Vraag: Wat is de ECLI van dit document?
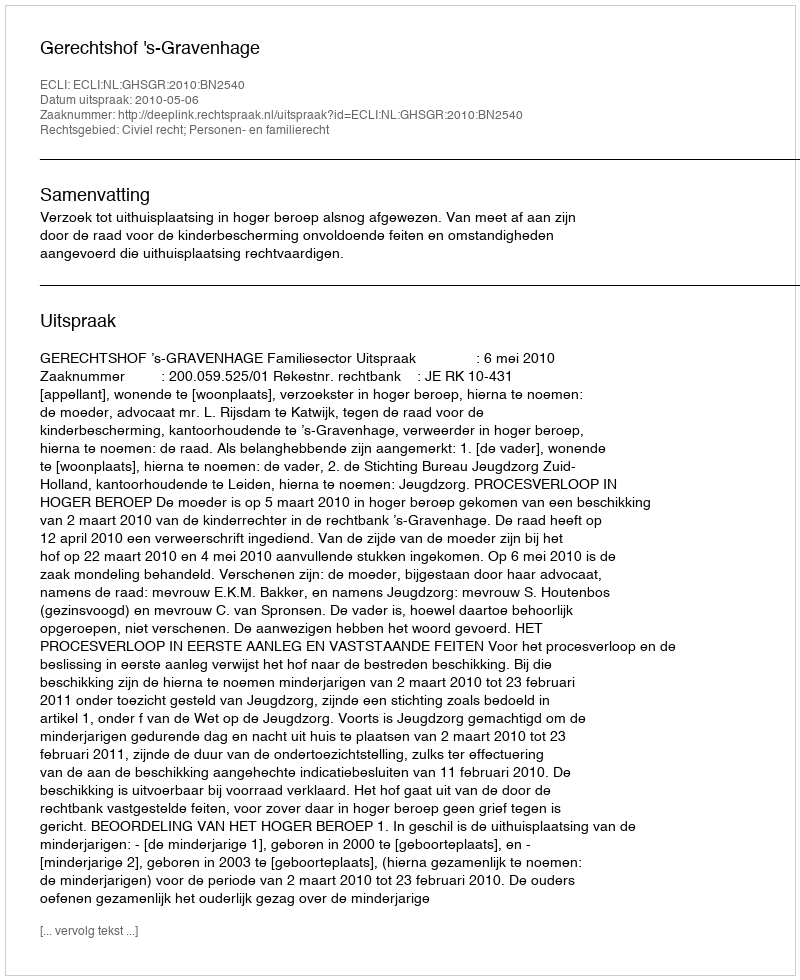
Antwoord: ECLI:NL:GHSGR:2010:BN2540